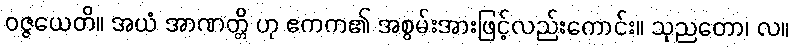
ဝဇ္ဇယေတိ။ အယံ အာဏတ္တိ ဟု ဧကက၏ အစွမ်းအားဖြင့်လည်းကောင်း။ သုညတော၊ လ။